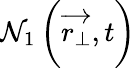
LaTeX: \mathcal{N}_{1}\left(\overrightarrow{{r_{\perp}}},t\right)